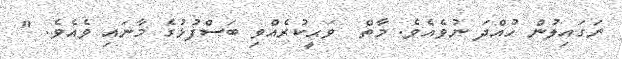
ނަގައިލުން ހުއްދަ ނުވެއެވެ. މާތް  ވަޙީކުރެއްވި ބަސްފުޅުގެ މާނައި ވެއެވެ. "